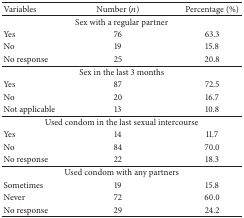
<table><thead><tr><td><b>Variables</b></td><td><b>Number (<i>n</i>)</b></td><td><b>Percentage (%)</b></td></tr></thead><tbody><tr><td colspan="3">Sex with a regular partner</td></tr><tr><td>Yes</td><td>76</td><td>63.3</td></tr><tr><td>No </td><td>19</td><td>15.8</td></tr><tr><td>No response</td><td>25</td><td>20.8</td></tr><tr><td colspan="3">Sex in the last 3 months</td></tr><tr><td>Yes</td><td>87</td><td>72.5</td></tr><tr><td>No</td><td>20</td><td>16.7</td></tr><tr><td>Not applicable</td><td>13</td><td>10.8</td></tr><tr><td colspan="3">Used condom in the last sexual intercourse</td></tr><tr><td>Yes</td><td>14</td><td>11.7</td></tr><tr><td>No</td><td>84</td><td>70.0</td></tr><tr><td>No response</td><td>22</td><td>18.3</td></tr><tr><td colspan="3">Used condom with any partners</td></tr><tr><td>Sometimes</td><td>19</td><td>15.8</td></tr><tr><td>Never</td><td>72</td><td>60.0</td></tr><tr><td>No response</td><td>29</td><td>24.2</td></tr></tbody></table>